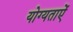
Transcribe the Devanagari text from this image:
योग्यताऐं